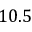
1 0 . 5